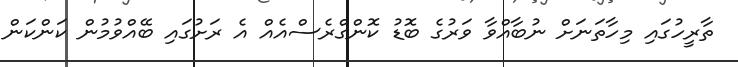
ތާރީހުގައި މިހާތަނަށް ނުބާއްވާ ވަރުގެ ބޮޑު ކޮންގްރެސްއެއް އެ ރަށުގައި ބޭއްވުމުން ކަންކަން